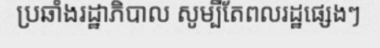
ប្រឆាំងរដ្ឋាភិបាល សូម្បីតែពលរដ្ឋផ្សេងៗ